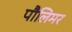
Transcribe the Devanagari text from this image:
पौलिमर